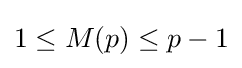
1\leq M(p)\leq p-1